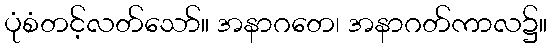
ပုံစံတင့်လတ်သော်။ အနာဂတေ၊ အနာဂတ်ကာလ၌။